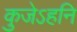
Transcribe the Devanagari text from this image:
कुजेऽहनि